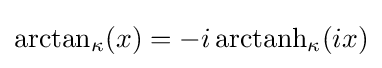
{\rm {arctan}}_{\kappa }(x)=-i\,{\rm {arctanh}}_{\kappa }(ix)